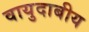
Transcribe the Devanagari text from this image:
वायुदाबीय